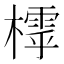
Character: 𣛲